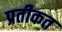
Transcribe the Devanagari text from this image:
प्रतीकत